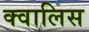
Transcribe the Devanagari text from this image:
क्वालिस